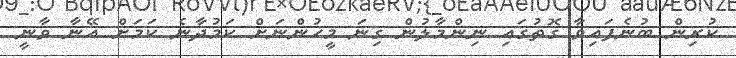
ކުރިން ބުނެފައިވާ ގޮތުގައި ނިންމާލުން ގިނަ މީހުންނަށް ކަމުދާނެ ކަމަށް އޭނާ ވާނީ